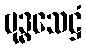
ဗုဒ္ဓသေဋ္ဌံ